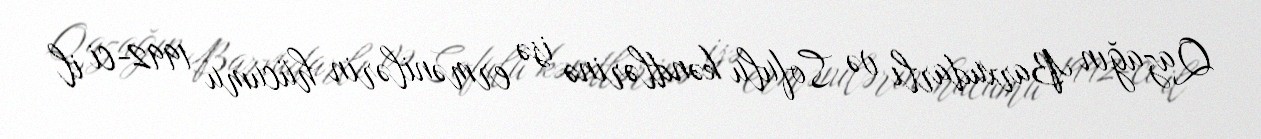
Qazağın Barxudarlı və Sofulu kəndlərinə isə ermənilərin hücumu 1992-ci il